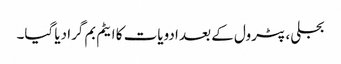
بجلی، پٹرول کے بعد ادویات کا ایٹم بم گرا دیا گیا۔